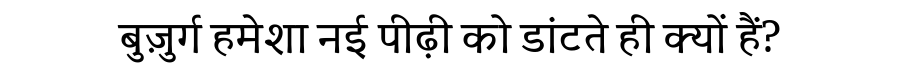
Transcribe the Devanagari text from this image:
बुज़ुर्ग हमेशा नई पीढ़ी को डांटते ही क्यों हैं?